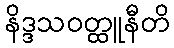
နိဒ္ဒသဝတ္ထူနီတိ